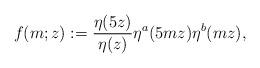
LaTeX: \begin{align*} f(m;z):=\frac{\eta(5z)}{\eta(z)}\eta^a(5mz)\eta^b(mz),\end{align*}